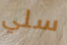
سلي